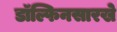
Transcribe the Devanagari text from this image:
डॉल्फिनसारखे